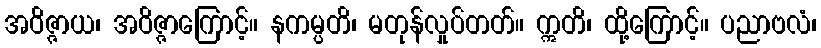
အဝိဇ္ဇာယ၊ အဝိဇ္ဇာကြောင့်။ နကမ္ပတိ၊ မတုန်လှုပ်တတ်။ ဣတိ၊ ထို့ကြောင့်။ ပညာဗလံ၊